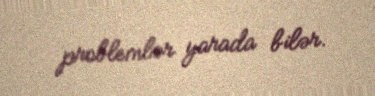
problemlər yarada bilər.